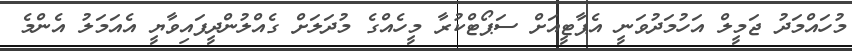
މުހައްމަދު ޖަމީލް އަހުމަދުވަނީ އެޕާޓީއަށް ސަޕޯޓްކުރާ މީހެއްގެ މުދަލަށް ގެއްލުންދީފައިވާޔީ އެއަމަލު އެންމެ